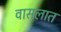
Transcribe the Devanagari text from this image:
वासलात